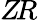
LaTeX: Z\! R